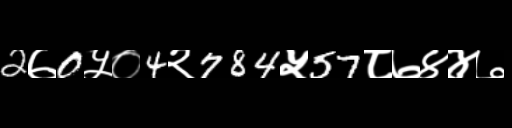
Text: 2७0५०4२784५57८७४४७